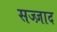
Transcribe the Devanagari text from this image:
सज्ज़ाद